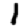
Digit: 1